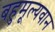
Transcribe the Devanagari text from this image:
बहुमूल्यवान